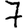
Digit: 7